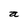
Character: a